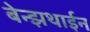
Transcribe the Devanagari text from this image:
बेन्झथाईन